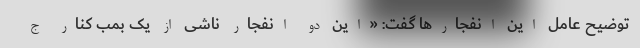
توضیح عامل این انفجارها گفت: «این دو انفجار ناشی از یک بمب کنار ج